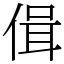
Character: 偮